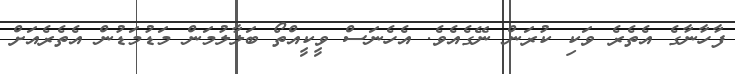
ފާހާނާގެ އެތެރެ ވަކި ކުރަން ނޭގެއެވެ. އެހެނަސް ވީކީއްތޯ ބަލާލުމަން މަޑުމަޑުން އެތެރެއަށް